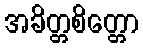
အခိတ္တစိတ္တော